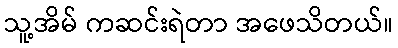
သူ့အိမ် ကဆင်းရဲတာ အဖေသိတယ်။